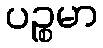
ပဉ္စမာ